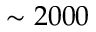
\sim 2 0 0 0